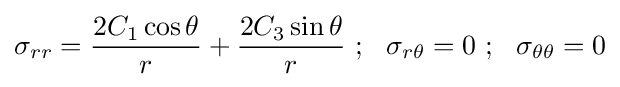
\sigma _{rr}={\frac {2C_{1}\cos \theta }{r}}+{\frac {2C_{3}\sin \theta }{r}}~;~~\sigma _{r\theta }=0~;~~\sigma _{\theta \theta }=0